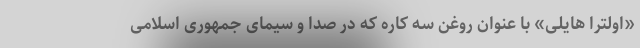
«اولترا هایلی» با عنوان روغن سه کاره که در صدا و سیمای جمهوری اسلامی